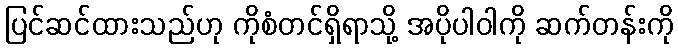
ပြင်ဆင်ထားသည်ဟု ကိုစံတင်ရှိရာသို့ အပိုပါဝါကို ဆက်တန်းကို